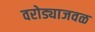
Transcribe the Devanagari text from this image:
वरोड्याजवळ